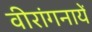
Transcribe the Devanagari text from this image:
वीरांगनायें